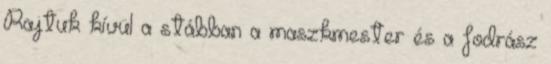
Rajtuk kívül a stábban a maszkmester és a fodrász